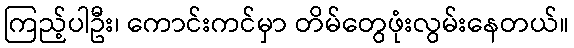
ကြည့်ပါဦး၊ ကောင်းကင်မှာ တိမ်တွေဖုံးလွမ်းနေတယ်။